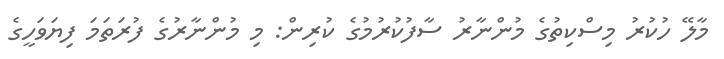
މާލޭ ހުކުރު މިސްކިތުގެ މުންނާރު ސާފުކުރުމުގެ ކުރިން: މި މުންނާރުގެ ފުރަތަމަ ފިޔަވަހީގެ